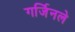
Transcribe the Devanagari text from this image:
गर्जिनले